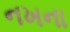
નખના